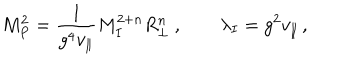
M _ { P } ^ { 2 } = \frac { 1 } { g ^ { 4 } v _ { \parallel } } M _ { I } ^ { 2 + n } R _ { \perp } ^ { n } \ , \qquad \lambda _ { I } = g ^ { 2 } v _ { \parallel } \, ,